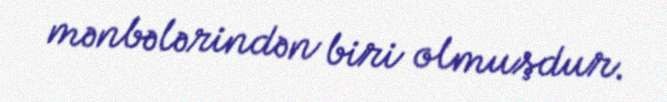
mənbələrindən biri olmuşdur.